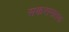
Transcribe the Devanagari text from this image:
सकरामातक